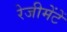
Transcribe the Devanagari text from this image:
रेजीमेंटें